Annual administration and progress report of the Indian Medical Department, Bombay
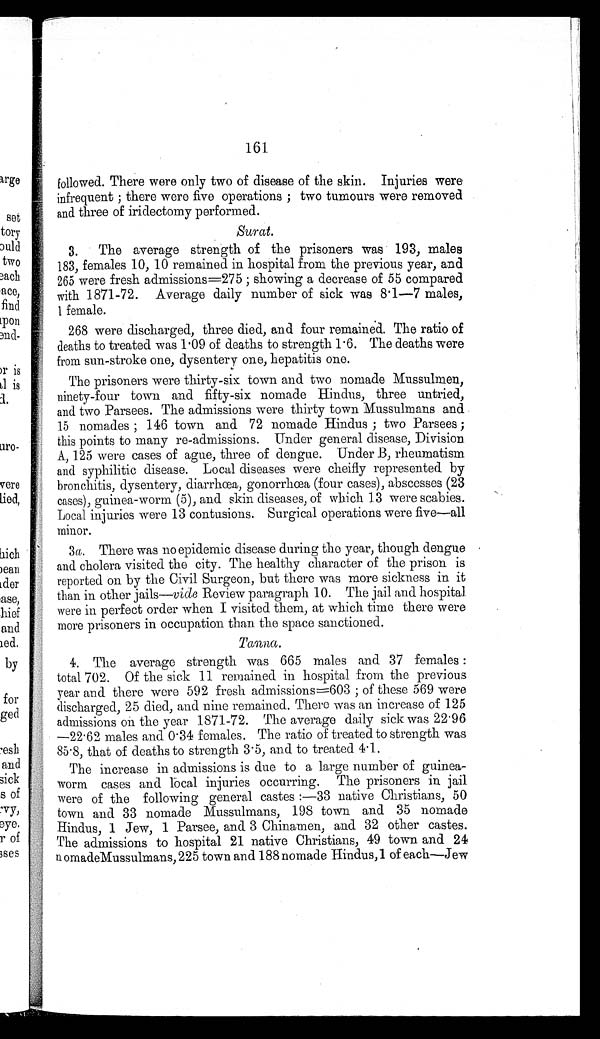
161
followed. There were only two of disease of the skin. Injuries were
infrequent ; there were five operations ; two tumours were removed
and three of iridectomy performed.
Surat.
3. The average strength of the prisoners was 193, males
183, females 10, 10 remained in hospital from the previous year, and
265 were fresh admissions=275 ; showing a decrease of 55 compared
with 1871-72. Average daily number of sick was 8.1—7 males,
1 f e m a l e .
268 were discharged, three died, and four remained. The ratio of
deaths to treated was 1.09 of deaths to strength 1.6. The deaths were
from sun-stroke one, dysentery one, hepatitis one.
The prisoners were thirty-six town and two nomade Mussulmen,
ninety-four town and fifty-six nomade Hindus, three untried,
and two Parsees. The admissions were thirty town Mussulmans and
15 noma de s ; 146 t own a nd 72 noma de Hi ndus ; t wo Pa r s e e s ;
this points to many re-admissions. Under general disease, Division.
A, 125 were cases of ague, three of dengue. Under B, rheumatism
and syphilitic disease. Local diseases were cheifly represented by
bronchitis, dysentery, diarrhœa, gonorrhœa (four cases), abscesses (23
cases), guinea-worm (5), and skin diseases, of which 13 were scabies.
Local injuries were 13 contusions. Surgical operations were five—all
minor.
3 a. There was no epidemic disease during the year, though dengue
and cholera visited the city. The healthy character of the prison is
reported on by the Civil Surgeon, but there was more sickness in it
than in other jails—vide Review paragraph 10. The jail and hospital
were in perfect order when I visited them, at which time there were
more prisoners in occupation than the space sanctioned.
.
4. The average strength was 665 males and 37 females :
total 702. Of the sick 11 remained in hospital from the previous
year and there were 592 fresh admissions=603 ; of these 569 were
discharged, 25 died, and nine remained. There was an increase of 125
admissions on the year 1871-72. The average daily sick was 22.96
—22.62 males and 0.34 females. The ratio of treated to strength was
85.8, that of deaths to strength 3.5, and to treated 4.1.
The increase in admissions is due to a large number of guinea
-
worm cases and local injuries occurring. The prisoners in jail
were of the following general castes :—33 native Christians, 50
town and 33 nomade Mussulmans, 198 town and 35 nomade
Hindus, 1 Jew, 1 Parsee, and 3 Chinamen, and 32 other castes.
The admissions to hospital 21 native Christians, 49 town and 24
a n o m a d e M u s s u l m a n s , 2 2 5 t o w n a n d 1 8 8 n o m a d e H i n d u s , 1 o f e a c h — J e w